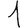
Digit: 1